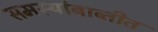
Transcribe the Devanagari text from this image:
समस्यांबाब्तीत